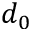
d _ { 0 }